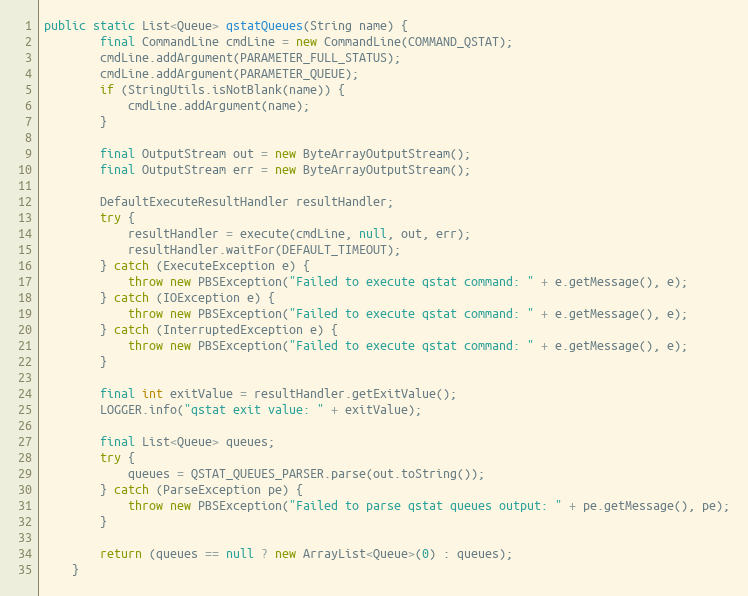
Language: Java
public static List<Queue> qstatQueues(String name) {
        final CommandLine cmdLine = new CommandLine(COMMAND_QSTAT);
        cmdLine.addArgument(PARAMETER_FULL_STATUS);
        cmdLine.addArgument(PARAMETER_QUEUE);
        if (StringUtils.isNotBlank(name)) {
            cmdLine.addArgument(name);
        }

        final OutputStream out = new ByteArrayOutputStream();
        final OutputStream err = new ByteArrayOutputStream();

        DefaultExecuteResultHandler resultHandler;
        try {
            resultHandler = execute(cmdLine, null, out, err);
            resultHandler.waitFor(DEFAULT_TIMEOUT);
        } catch (ExecuteException e) {
            throw new PBSException("Failed to execute qstat command: " + e.getMessage(), e);
        } catch (IOException e) {
            throw new PBSException("Failed to execute qstat command: " + e.getMessage(), e);
        } catch (InterruptedException e) {
            throw new PBSException("Failed to execute qstat command: " + e.getMessage(), e);
        }

        final int exitValue = resultHandler.getExitValue();
        LOGGER.info("qstat exit value: " + exitValue);

        final List<Queue> queues;
        try {
            queues = QSTAT_QUEUES_PARSER.parse(out.toString());
        } catch (ParseException pe) {
            throw new PBSException("Failed to parse qstat queues output: " + pe.getMessage(), pe);
        }

        return (queues == null ? new ArrayList<Queue>(0) : queues);
    }